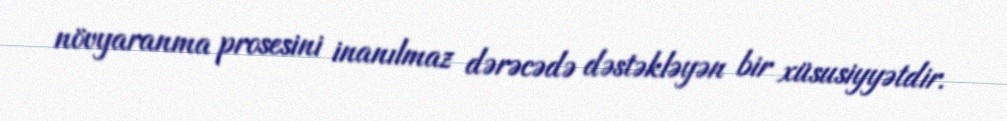
növyaranma prosesini inanılmaz dərəcədə dəstəkləyən bir xüsusiyyətdir.